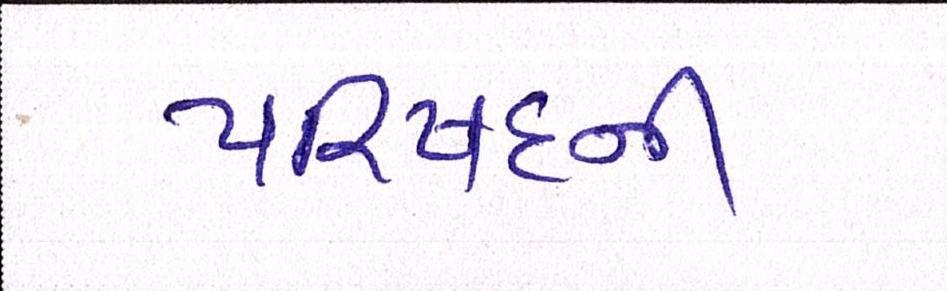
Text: પરિષદની